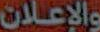
والإعلان